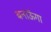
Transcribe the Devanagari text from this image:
बनाऊॅगा